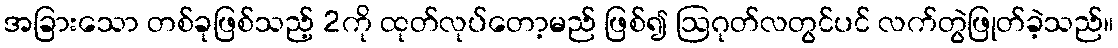
အခြားသော တစ်ခုဖြစ်သည့် 2ကို ထုတ်လုပ်တော့မည် ဖြစ်၍ ဩဂုတ်လတွင်ပင် လက်တွဲဖြုတ်ခဲ့သည်။